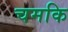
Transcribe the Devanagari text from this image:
चमकि